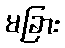
မခြား